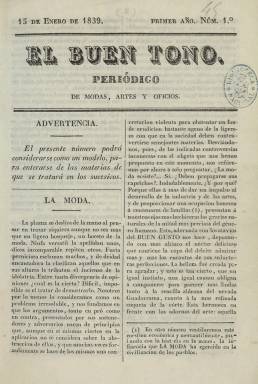
Título: El Buen tono
Colección: Revistas femeninas || Periódicos anteriores a 1850 || Moda
Ámbito geográfico: Madrid
Lugar de publicación: Madrid
Fechas: 15/01/1839-30/06/1839

Con el subtítulo “periódico de modas, artes y oficio”, publicó en Madrid entre el 15 de enero y el 30 de junio de 1839, solo doce entregas de ocho páginas cada una, compuestas a dos columnas, con periodicidad quincenal. Inmaculada Jiménez Morell (1992) señala que no estuvo expresamente dedicado a las mujeres, sino a ambos sexos, a profesionales de la moda, abarcando no sólo a modistas y sastres, sino a sombrereros, zapateros, tapiceros o ebanistas, como elementos del desarrollo industrial; aun así publicaba textos literarios de creación en verso y prosa dirigidos al público femenino.

Salía de la Imprenta de Ferrer y Compañía, aparece como editor responsable Gerónimo Ferrer y Valle, y se le atribuye su dirección a Antonio de Torija y Carresse, autores que firman solo en los primeros números. Entre sus textos aparecen algunos divulgativos sobre economía pública, educación, higiene, artes y oficios o bellas artes.

Ofrece también información sobre el estado de la moda extranjera (especialmente de París) y nacional, así como el desarrollo industrial de obradores y comercios dedicados al vestido, muebles, decoración o carruajes, además de comentarios sobre establecimientos (fondas, cafés y confiterías), actividad teatral, “funciones patrióticas” y “diversiones públicas”, variedades, anécdotas y algunos anuncios.

En cada entrega inserta dos páginas con litografías estampadas en varias tintas (iluminadas) de muebles, carruajes, maquinaria, algún invento o monumento, y de figurines de moda de señora y caballero, entre otros. Su intención fue imitar a otros periódicos del mismo carácter que se publicaban en París o Londres.

Al final de la colección hay un breve índice manuscrito de materias. En Madrid se publicó otro periódico con el mismo título en 1849, dedicado a sastres y sombrereros.